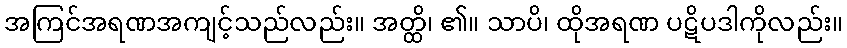
အကြင်အရဏအကျင့်သည်လည်း။ အတ္ထိ၊ ၏။ သာပိ၊ ထိုအရဏ ပဋိပဒါကိုလည်း။